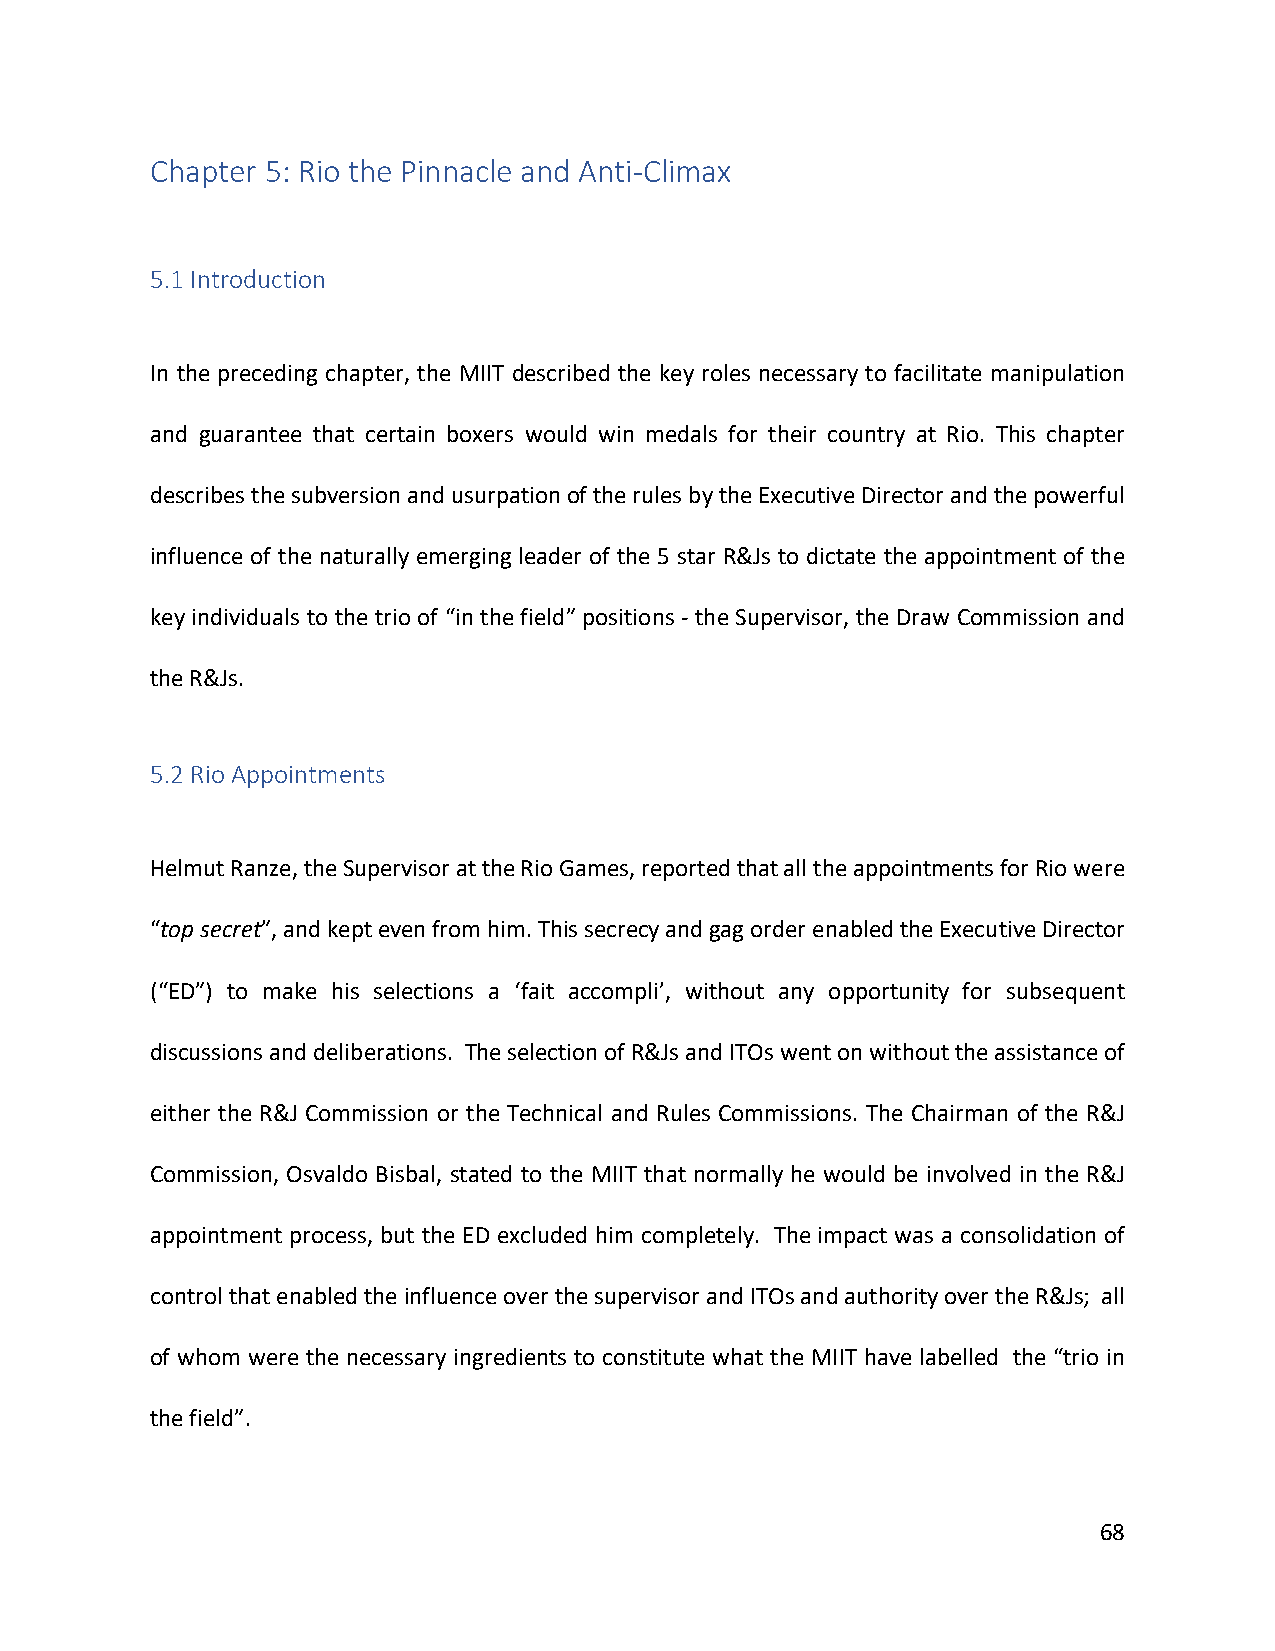
Chapter 5: Rio the Pinnacle and Anti-Climax
 5.1 Introduction
 In the preceding chapter, the MIIT described the key roles necessary to facilitate manipulation
 and guarantee that certain boxers would win medals for their country at Rio. This chapter
 describes the subversion and usurpation of the rules by the Executive Director and the powerful
 influence of the naturally emerging leader of the 5 star R&Js to dictate the appointment of the
 key individuals to the trio of “in the field” positions - the Supervisor, the Draw Commission and
 the R&Js.
 5.2 Rio Appointments
 Helmut Ranze, the Supervisor at the Rio Games, reported that all the appointments for Rio were
 “top secret”, and kept even from him. This secrecy and gag order enabled the Executive Director
 (“ED”) to make his selections a ‘fait accompli’, without any opportunity for subsequent
 discussions and deliberations. The selection of R&Js and ITOs went on without the assistance of
 either the R&J Commission or the Technical and Rules Commissions. The Chairman of the R&J
 Commission, Osvaldo Bisbal, stated to the MIIT that normally he would be involved in the R&J
 appointment process, but the ED excluded him completely. The impact was a consolidation of
 control that enabled the influence over the supervisor and ITOs and authority over the R&Js; all
 of whom were the necessary ingredients to constitute what the MIIT have labelled the “trio in
 the field”.
 68